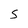
Character: S